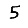
Digit: 5